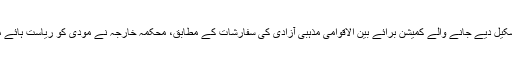
بین الاقوامی مذہبی آزادی قانون کے زیراہتمام تشکیل دیے جانے والے کمیشن برائے بین الاقوامی مذہبی آزادی کی سفارشات کے مطابق، محکمہ خارجہ نے مودی کو ریاست ہائے متحدہ امریکہ میں داخل ہونے سے روک دیا تھا۔